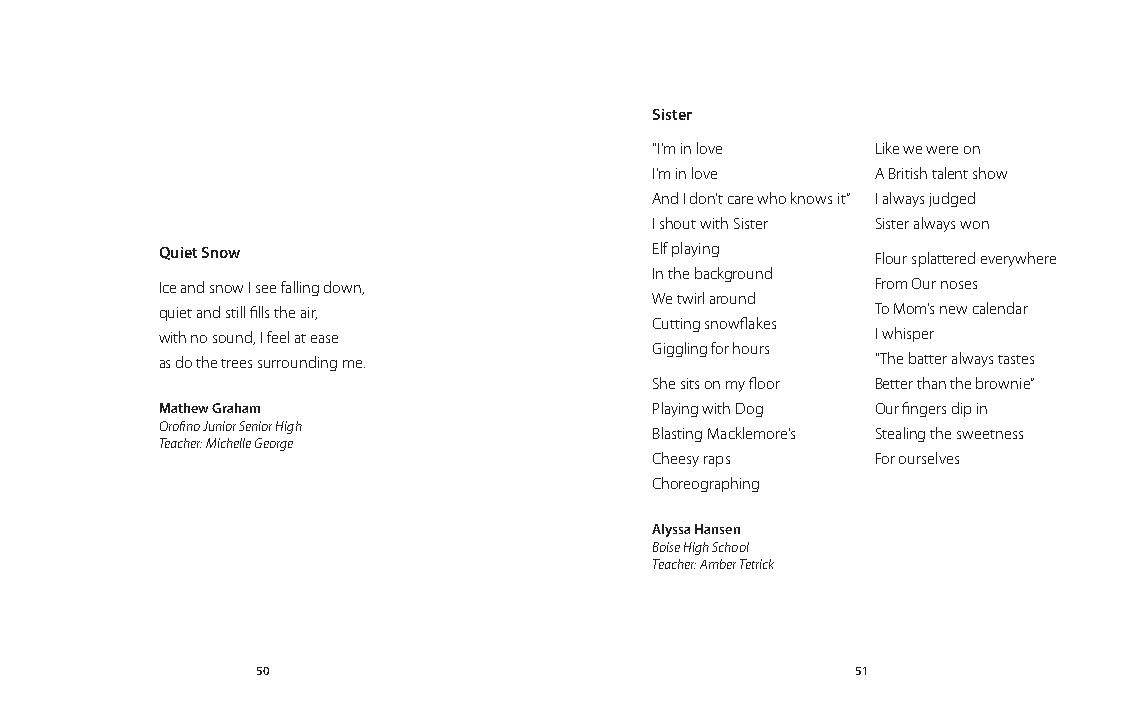
Sister
 “I’m in love   Like we were on
 I’m in love    A British talent show
 And I don’t care who knows it” I always judged
 I shout with Sister Sister always won
 Quiet Snow                      Elf playing    Flour splattered everywhere
 In the background
 Ice and snow I see falling down,               From Our noses
 We twirl around
 quiet and still fills the air,                 To Mom’s new calendar
 Cutting snowflakes
 with no sound, I feel at ease                  I whisper
 Giggling for hours
 as do the trees surrounding me.                “The batter always tastes
 She sits on my floor Better than the brownie”
 Mathew Graham                   Playing with Dog Our fingers dip in
 Orofino Junior Senior High      Blasting Macklemore’s Stealing the sweetness
 Teacher: Michelle George
 Cheesy raps    For ourselves
 Choreographing
 Alyssa Hansen
 Boise High School
 Teacher: Amber Tetrick
 50                                      51